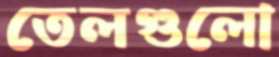
তেলগুলো